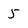
Character: 5